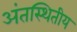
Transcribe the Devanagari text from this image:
अंतस्थितीय